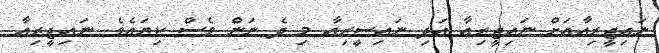
ނައިޖީރިއާއަށް ނައިޖީރިއާ އަދި ނައިސީރިއާ މި ދެ ނަން ވެސް ކިޔައެވެ. ނައިޖީރިއާ